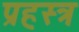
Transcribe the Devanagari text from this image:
प्रहस्त्र